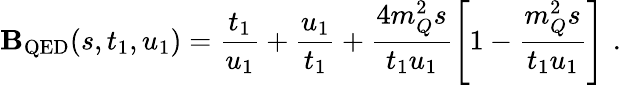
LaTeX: \mathbf{B}_{\mathrm{{QED}}}(s,t_{1},u_{1})=\frac{{t_{1}}}{{u_{1}}}+\frac{{u_{1}}}{{t_{1}}}+\frac{{4m_{Q}^{2}s}}{{t_{1}u_{1}}}\left[1-\frac{{m_{Q}^{2}s}}{{t_{1}u_{1}}}\right]\, \, .